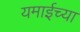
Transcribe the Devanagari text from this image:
यमाईच्या